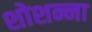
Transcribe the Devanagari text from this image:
शोशन्ना